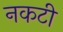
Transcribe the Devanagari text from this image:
नकटी